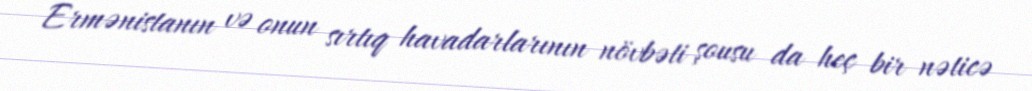
Ermənistanın və onun sırtıq havadarlarının növbəti şousu da heç bir nəticə